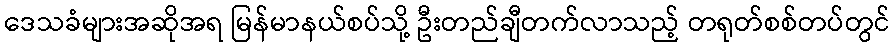
ဒေသခံများအဆိုအရ မြန်မာနယ်စပ်သို့ ဦးတည်ချီတက်လာသည့် တရုတ်စစ်တပ်တွင်